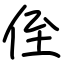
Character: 侄